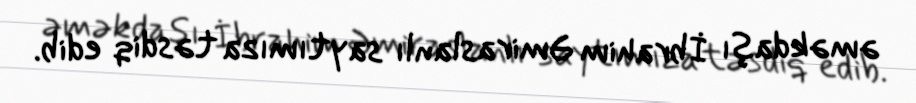
əməkdaşı İbrahim Əmiraslanlı saytımıza təsdiq edib.